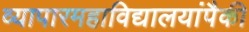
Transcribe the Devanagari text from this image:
व्यापारमहाविद्यालयांपैकी